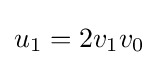
u_{1}=2v_{1}v_{0}